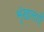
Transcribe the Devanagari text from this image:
शृंखालाएँ